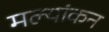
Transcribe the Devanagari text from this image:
मल्यांकन